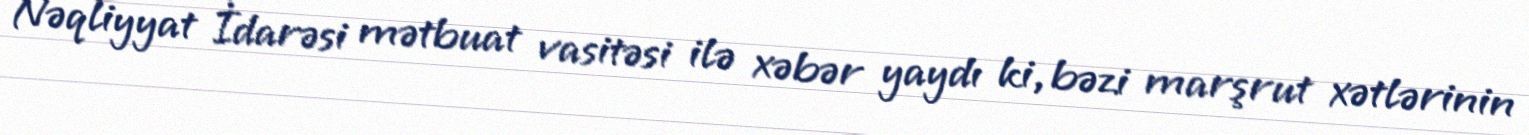
Nəqliyyat İdarəsi mətbuat vasitəsi ilə xəbər yaydı ki, bəzi marşrut xətlərinin